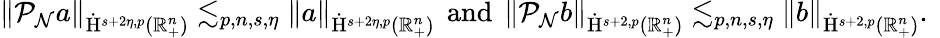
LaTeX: \begin{array}{r}{\lVert\mathcal{P}_{\mathcal{N}}a\rVert_{\dot{\mathrm{H}}^{s+2\eta,p}(\mathbb{R}_{+}^{n})}\lesssim_{p,n,s,\eta}\lVert a\rVert_{\dot{\mathrm{H}}^{s+2\eta,p}(\mathbb{R}_{+}^{n})}\, \mathrm{~and~}\, \lVert\mathcal{P}_{\mathcal{N}}b\rVert_{\dot{\mathrm{H}}^{s+2,p}(\mathbb{R}_{+}^{n})}\lesssim_{p,n,s,\eta}\lVert b\rVert_{\dot{\mathrm{H}}^{s+2,p}(\mathbb{R}_{+}^{n})}\mathrm{.~}}\end{array}